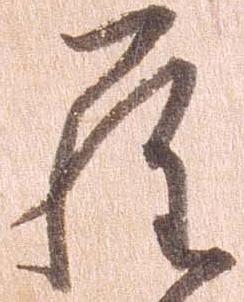
ら